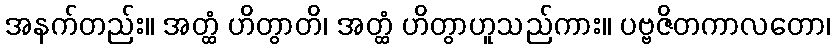
အနက်တည်း။ အတ္ထံ ဟိတွာတိ၊ အတ္ထံ ဟိတွာဟူသည်ကား။ ပဗ္ဗဇိတကာလတော၊